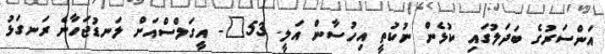
އަންސަރުގެ ބަދަލުގައި ކުޅެން ނުކުތީ އިހުސާން އަލީ. 53"- އީގަލްސްއަށް ލަނޑުޖަހާނެ ރަނގަޅު